Eesti_Ajutine_Maanoukogu, lk 11
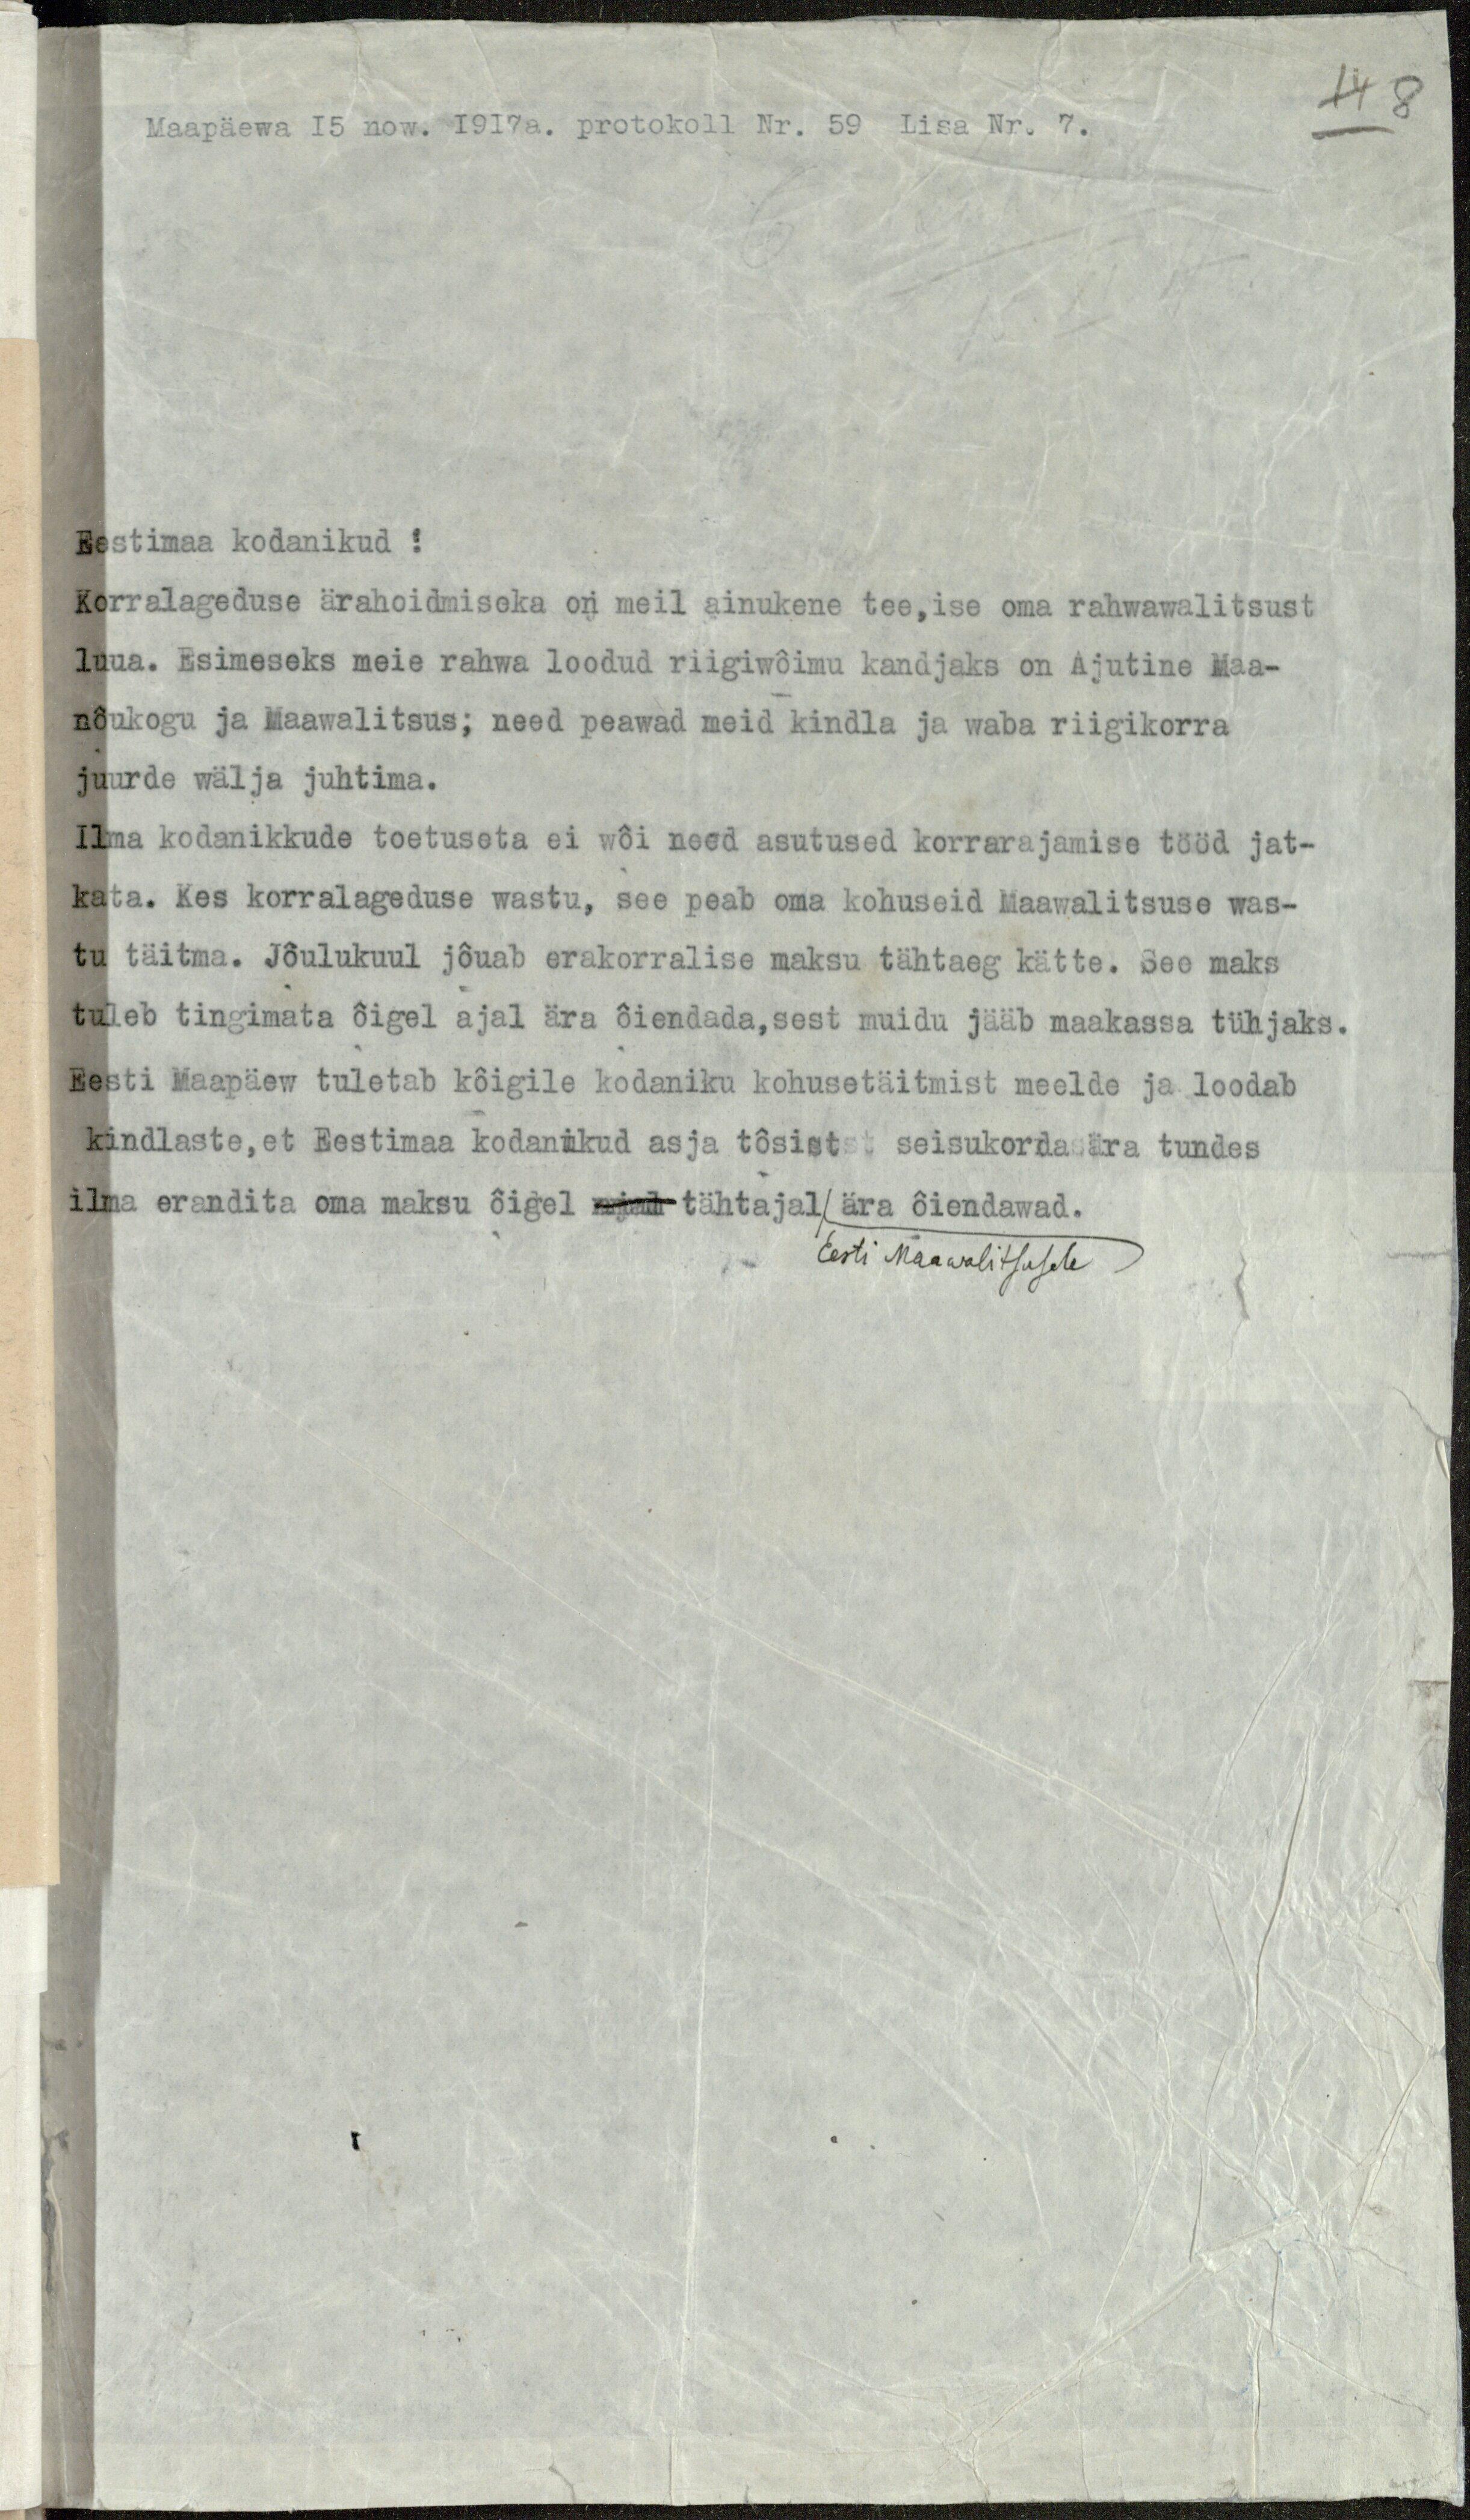
Maapäewa 15 now. 1917 a. protokoll Nr. 59 Lisa Nr. 7.
Eestimaa kodanikud!
Korralageduse ärahoidmiseks on meil ainukene tee, ise oma rahwawalitsust
luua. Esimeseks meie rahwa loodud riigiwõimu kandjaks on Ajutine Maa-
nõukogu ja Maawalitsus; need peawad meid kindla ja waba riigikorra
juurde wälja juhtima.
Ilma kodanikkude toetuseta ei wõi need asutused korrarajamise tööd jat-
kata. Kes korralageduse wastu, see peab oma kohuseid Maawalitsuse was-
tu täitma. Jõulukuul jõuab erakorralise naksu tähtaeg kätte. See maks
tuleb tingimata õigel ajal ära õiendada, sest muidu jääb maakassa tühjaks.
Eesti Maapäew tuletab kõigile kodaniku kohusetäitmist meelde ja loodab
kindlaste, et Eestimaa kodanikud asja tõsist seisukorda ära tundes
ilma erandita oma maksu õigel mjah tähtajal ära õiendawad.
Eesti Maawalitsusele